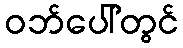
ဝဘ်ပေါ်တွင်